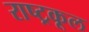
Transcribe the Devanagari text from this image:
राष्ट्रकूल